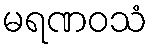
မရဏဝသံ